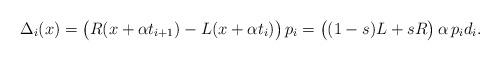
LaTeX: \begin{align*}\Delta_i(x) &= \bigl( R(x+\alpha t_{i+1}) - L(x+\alpha t_{i}) \bigr)\, p_i = \bigl( (1-s) L + s R \bigr)\, \alpha \, p_i d_i.\end{align*}